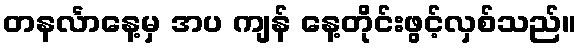
တနင်္လာနေ့မှ အပ ကျန် နေ့တိုင်းဖွင့်လှစ်သည်။